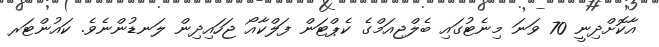
އާކޮށްދިނީ 70 ވަނަ މިނެޓުގައި ބެލްޖިއަމްގެ ކެޕްޓަން ފަލްކާއޯ ޖަހައިދިން ލަނޑުންނެވެ. ކައުންޓަރ